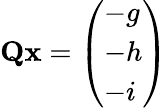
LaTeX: \mathbf{Q}\mathbf{x}=\left(\begin{array}{l}{-g}\\ {-h}\\ {-i}\end{array}\right)